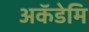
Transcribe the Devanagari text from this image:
अकॅडेमि